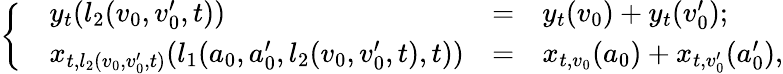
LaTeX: \left\{ \begin{array}{rlrl}&{y_{t}(l_{2}(v_{0},v_{0}^{\prime},t))}&{=}&{y_{t}(v_{0})+y_{t}(v_{0}^{\prime});}\\ &{x_{t,l_{2}(v_{0},v_{0}^{\prime},t)}(l_{1}(a_{0},a_{0}^{\prime},l_{2}(v_{0},v_{0}^{\prime},t),t))}&{=}&{x_{t,v_{0}}(a_{0})+x_{t,v_{0}^{\prime}}(a_{0}^{\prime}),}\end{array}\right.